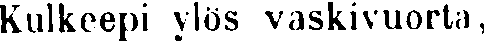
Kulkeepi ylös vaskivuorta,